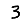
Digit: 3